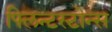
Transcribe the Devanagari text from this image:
फ्लिन्टस्टोन्स